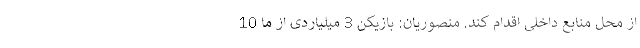
از محل منابع داخلی اقدام کند. منصوریان: بازیکن 3 میلیاردی از ما 10